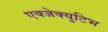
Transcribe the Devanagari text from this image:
एक्जेक्युटिभ